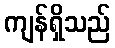
ကျန်ရှိသည်